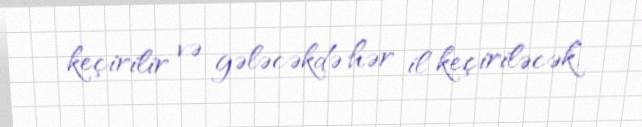
keçirilir və gələcəkdə hər il keçiriləcək.